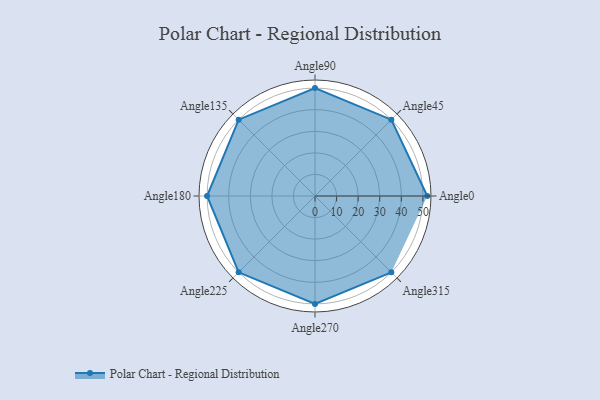
{"axis": {"x": "Angle", "y": "Radius"}, "legend": [""], "data": [{"x": "Angle0", "y": 52.0, "type": ""}, {"x": "Angle45", "y": 50.0, "type": ""}, {"x": "Angle90", "y": 50, "type": ""}, {"x": "Angle135", "y": 50, "type": ""}, {"x": "Angle180", "y": 50, "type": ""}, {"x": "Angle225", "y": 50, "type": ""}, {"x": "Angle270", "y": 50, "type": ""}, {"x": "Angle315", "y": 50, "type": ""}]}